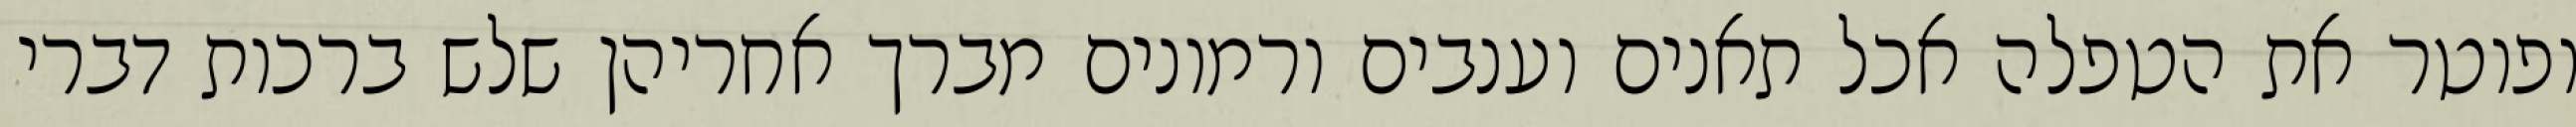
ופוטר את הטפלה אכל תאנים וענבים ורמונים מברך אחריהן שלש ברכות דברי